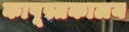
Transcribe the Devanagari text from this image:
कापूस्तकालय